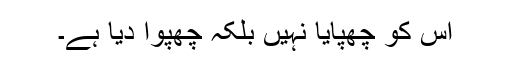
اُس کو چھپایا نہیں بلکہ چھپوا دیا ہے۔